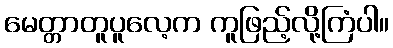
မေတ္တာတူပူလေ့က ကူဖြည့်လို့ကြံပါ။